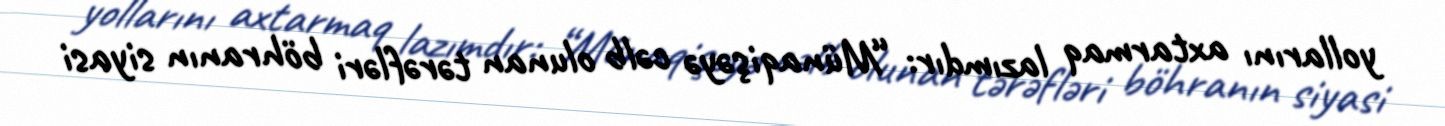
yollarını axtarmaq lazımdır: “Münaqişəyə cəlb olunan tərəfləri böhranın siyasi